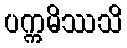
ပက္ကမိဿသိ